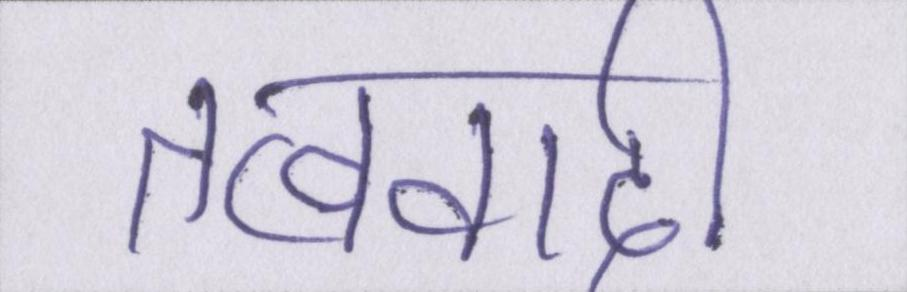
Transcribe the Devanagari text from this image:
तत्ववादी